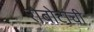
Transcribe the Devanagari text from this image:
रोबोटांची